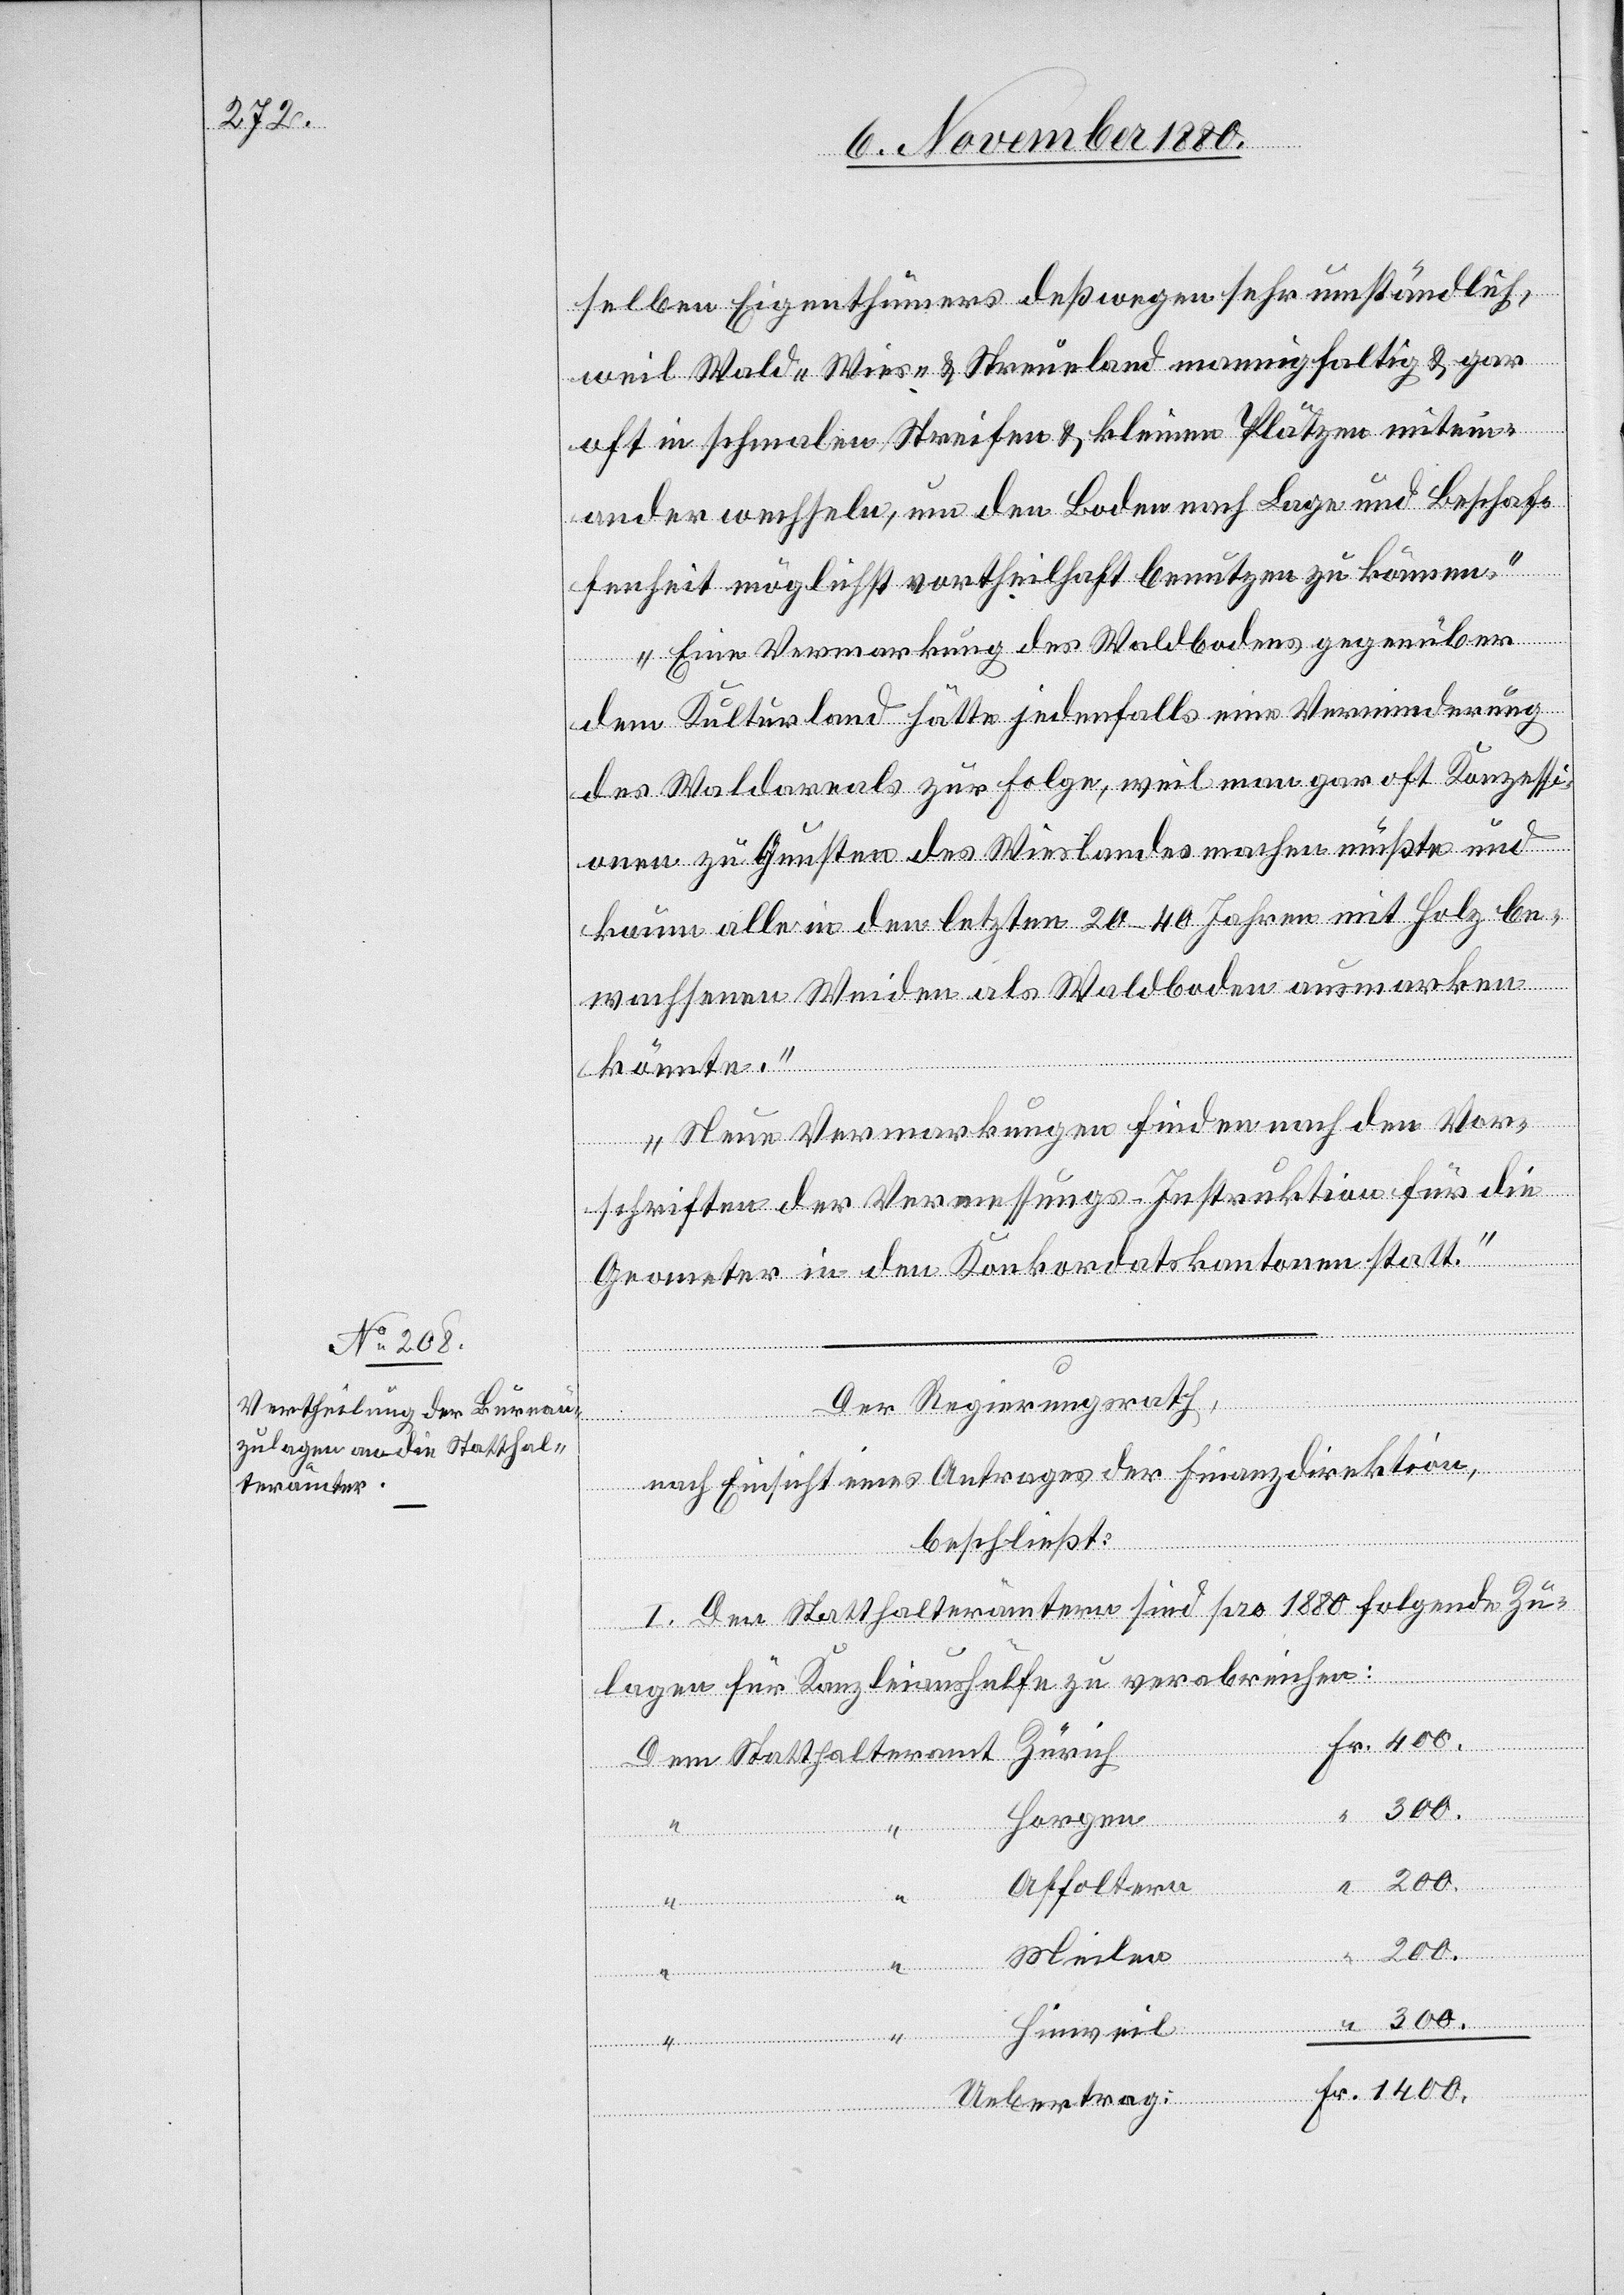
selben Eigenthümers deßwegen sehr umständlich,
weil Wald- Wies- & Streueland mannigfaltig & gar
oft in schmalen Streifen & kleinen Plätzen mitein¬
ander wechseln, um den Boden nach Lage und Beschaf¬
fenheit möglichst vortheilhaft benutzen zu können.
Eine Vermarchung des Waldbodens gegenüber
dem Kulturland hätte jedenfalls eine Verminderung
des Waldareals zur Folge, weil man gar oft Konzessi¬
onen zu Gunsten des Wieslandes machen müßte und
kaum alle in den letzten 20–40 Jahren mit Holz be¬
wachsenen Weiden als Waldboden ausmarken
könnte.
Neue Vermarkungen finden nach den Vor¬
schriften der Vermessungs-Instruktion für die
Geometer in den Konkordatskantonen statt.
Der Regierungsrath,
nach Einsicht eines Antrages der Finanzdirektion,
beschließt:
I. Den Statthalterämtern sind pro 1880 folgende Zu¬
Fr.
Hinweil
lagen für Kanzleiaushülfe zu verabreichen:
Zürich
1400.
Horgen
“
Affoltern
“
Meilen
“
tthalteramt
“
“
Uebertrag: